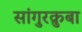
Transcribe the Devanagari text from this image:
सांगुरक्रुबा